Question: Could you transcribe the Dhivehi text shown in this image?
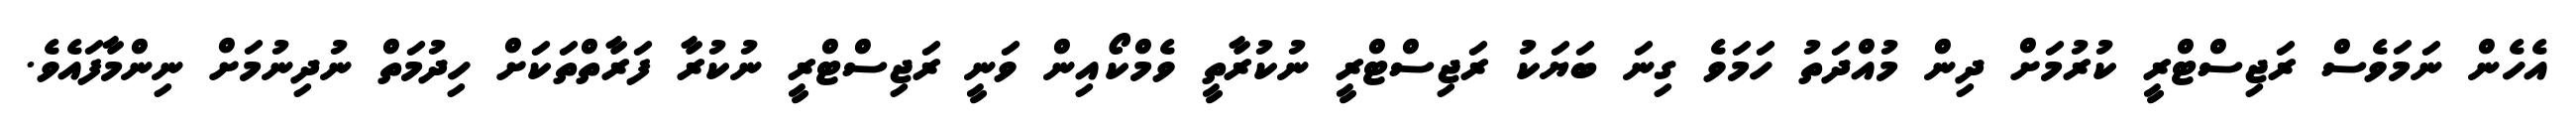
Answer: އެހެން ނަމަވެސް ރަޖިސްޓްރީ ކުރުމަށް ދިން މުއްދަތު ހަމަވެ ގިނަ ބަޔަކު ރަޖިސްޓްރީ ނުކުރާތީ ވެމްކޯއިން ވަނީ ރަޖިސްޓްރީ ނުކުރާ ފަރާތްތަކަށް ހިދުމަތް ނުދިނުމަށް ނިންމާފައެވެ.